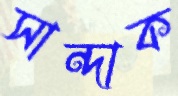
সান্দাক